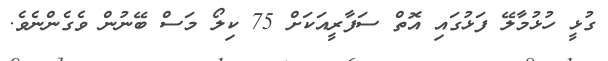
ގުޅީ ހުޅުމާލޭ ފަޅުގައި އޮތް ސަފާރީއަކަށް 75 ކިލޯ މަސް ބޭނުން ވެގެންނެވެ.